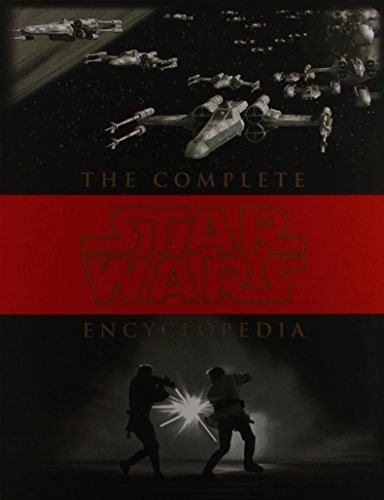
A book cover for The Complete Star Wars Encyclopedia; Stephen J. Sansweet; Humor & Entertainment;